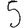
Digit: 5